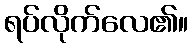
ရပ်လိုက်လေ၏။